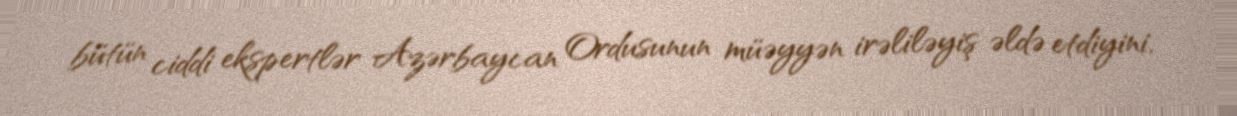
bütün ciddi ekspertlər Azərbaycan Ordusunun müəyyən irəliləyiş əldə etdiyini,